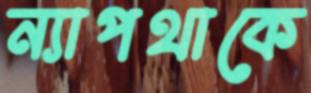
ন্যাপথাকে